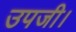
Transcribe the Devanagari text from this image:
उपजी।